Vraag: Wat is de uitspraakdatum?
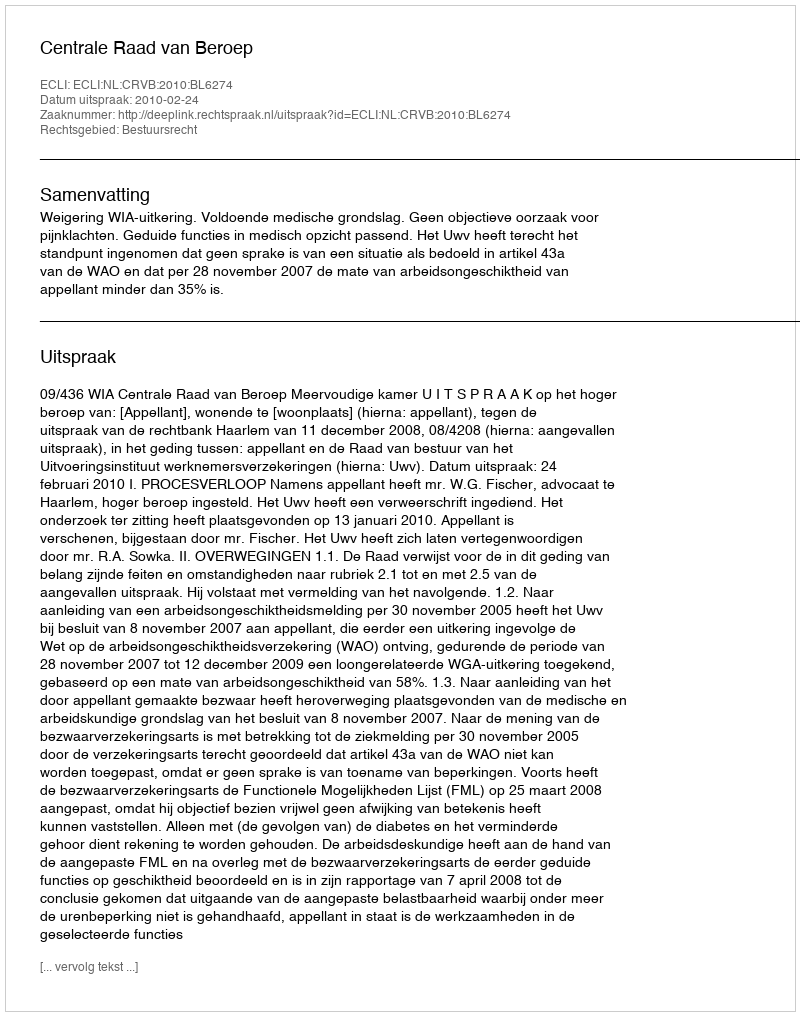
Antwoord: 2010-02-24